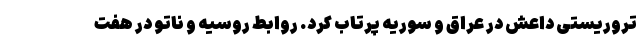
تروریستی داعش در عراق و سوریه پرتاب کرد. روابط روسیه و ناتو در هفت